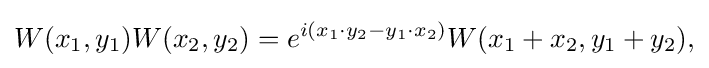
{W(x_{1},y_{1})W(x_{2},y_{2})=e^{i(x_{1}\cdot y_{2}-y_{1}\cdot x_{2})}W(x_{1}+x_{2},y_{1}+y_{2}),}